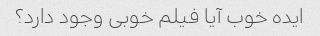
ایده خوب آیا فیلم خوبی وجود دارد؟